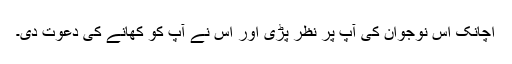
اچانک اس نوجوان کی آپ پر نظر پڑی اور اس نے آپ کو کھانے کی دعوت دی۔